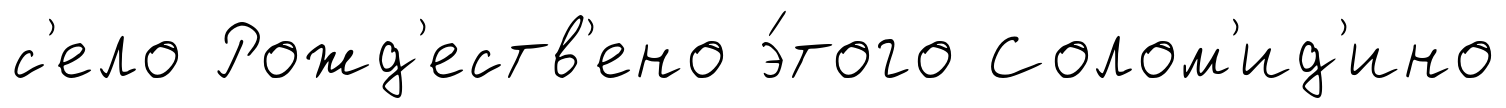
с'ело Рожд'еств'ено э́того Солом'ид'ино